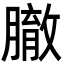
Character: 𦠣